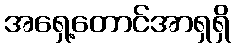
အရှေ့တောင်အာရှရှိ